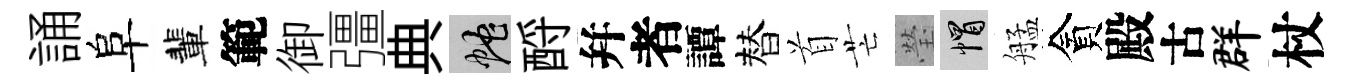
誦阜輩範御彊典蛇酹幷者譚替首芒瑩帽艋貪殿古群杖